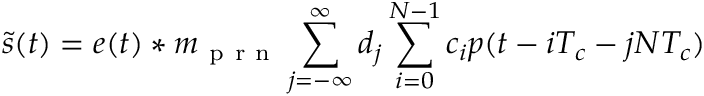
\tilde { s } ( t ) = e ( t ) \ast m _ { \mathrm { ~ p ~ r ~ n ~ } } \sum _ { j = - \infty } ^ { \infty } d _ { j } \sum _ { i = 0 } ^ { N - 1 } c _ { i } p ( t - i T _ { c } - j N T _ { c } )